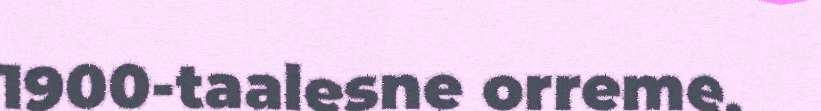
1900-taalesne orreme.